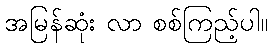
အမြန်ဆုံး လာ စစ်ကြည့်ပါ။